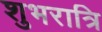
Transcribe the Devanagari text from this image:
शुभरात्रि